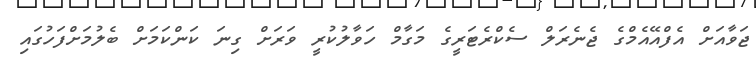
ޖަވާއަށް އެފްއޭއެމްގެ ޖެނެރަލް ސެކްރެޓަރީގެ މަގާމް ހަވާލުކުރީ ވަރަށް ގިނަ ކަންކަމަށް ބެލުމަށްފަހުގައި